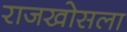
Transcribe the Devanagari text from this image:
राजखोसला